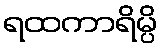
ရထကာရိမ္ပိ